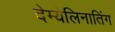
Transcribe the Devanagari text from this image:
देम्येलिनातिंग